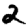
Digit: 2